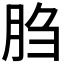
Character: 𰮙